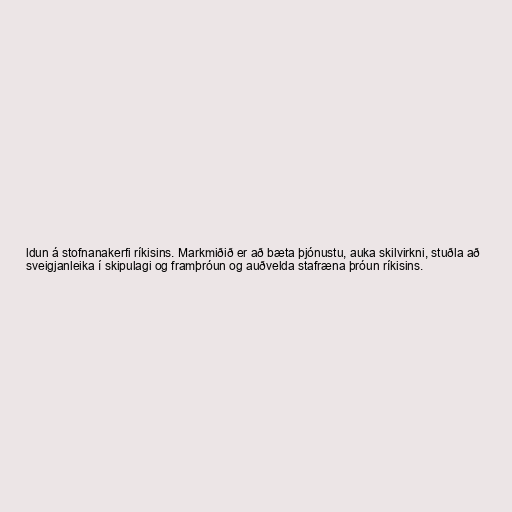
ldun á stofnanakerfi ríkisins. Markmiðið er að bæta þjónustu, auka skilvirkni, stuðla að
sveigjanleika í skipulagi og framþróun og auðvelda stafræna þróun ríkisins.